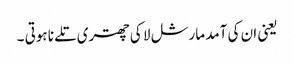
یعنی ان کی آمد مارشل لا کی چھتری تلے نا ہوتی ۔